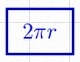
2\pi r